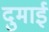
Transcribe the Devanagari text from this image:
दुमाई